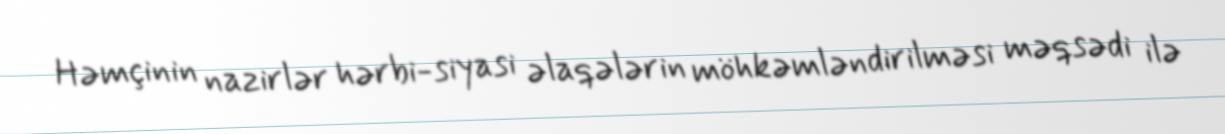
Həmçinin nazirlər hərbi-siyasi əlaqələrin möhkəmləndirilməsi məqsədi ilə